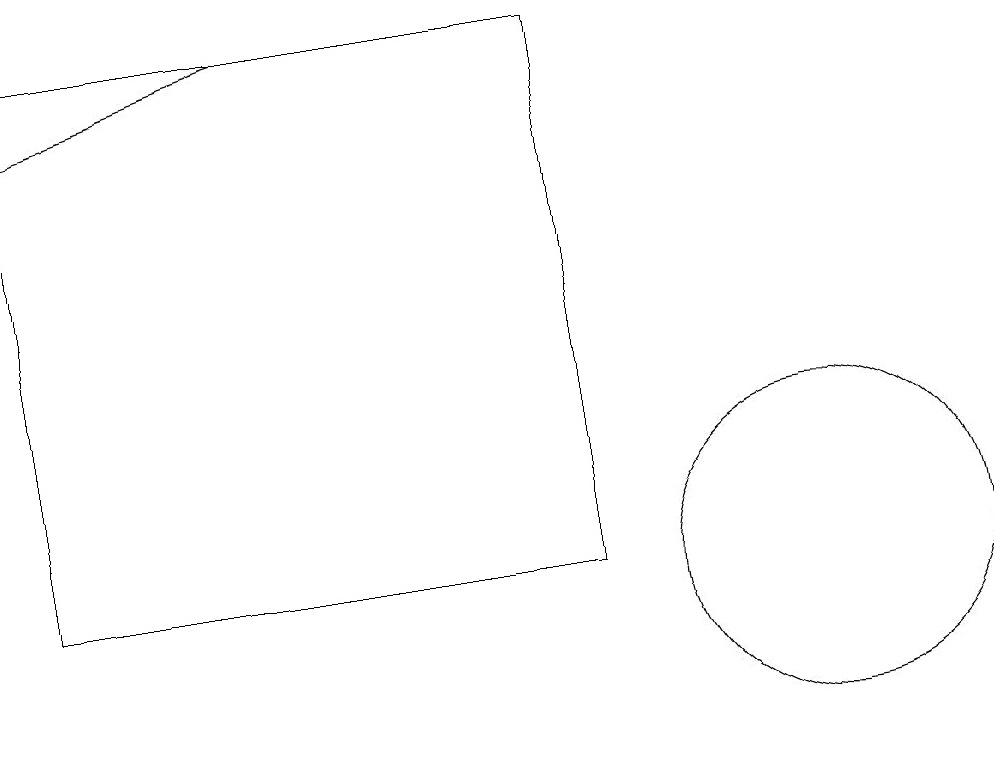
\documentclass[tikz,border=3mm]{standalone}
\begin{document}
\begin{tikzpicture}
\draw (11,12) circle (2);
\draw[->] (4,19) -- (1,18);
\draw (8,19) rectangle (1,12);
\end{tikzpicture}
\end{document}